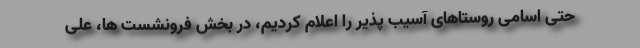
حتی اسامی روستا‌های آسیب پذیر را اعلام کردیم، در بخش فرونشست ها، علی